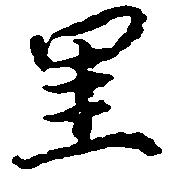
里